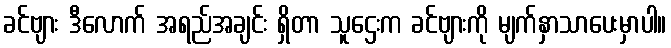
ခင်ဗျား ဒီလောက် အရည်အချင်း ရှိတာ သူဌေးက ခင်ဗျားကို မျက်နှာသာပေးမှာပါ။